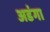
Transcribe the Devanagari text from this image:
अडंगा